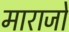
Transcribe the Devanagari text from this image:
माराजो